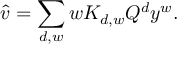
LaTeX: \hat { v } = \sum _ { d , w } w K _ { d , w } Q ^ { d } y ^ { w } .